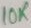
Text: 10K